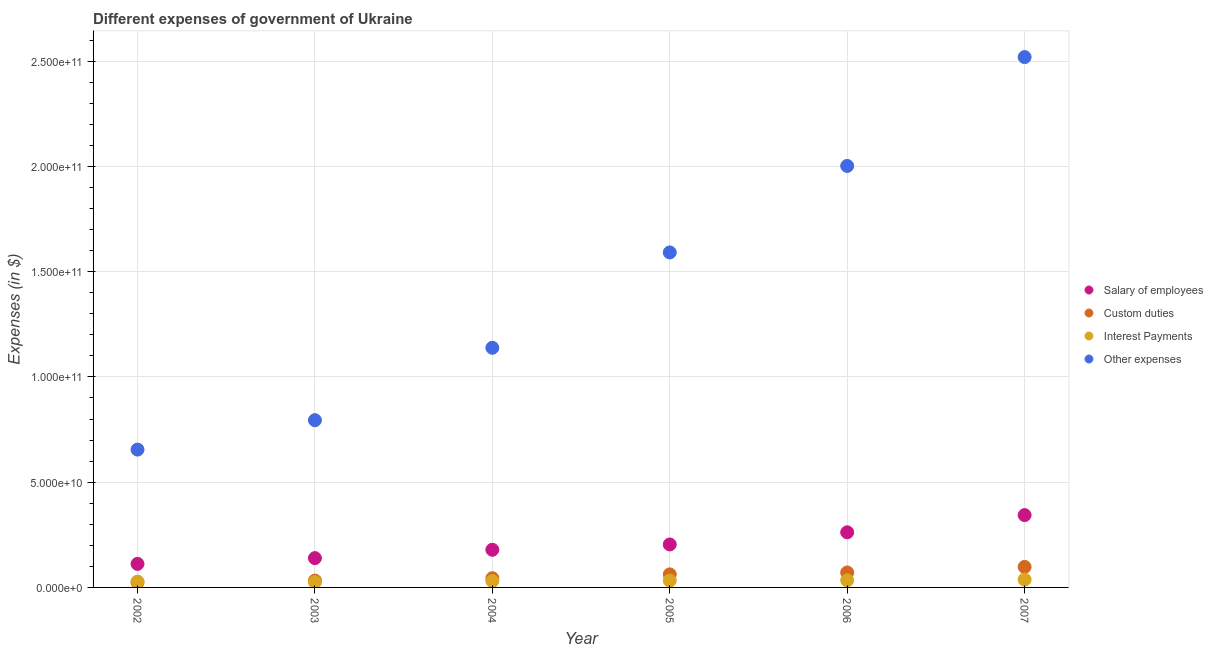
| Year | Salary of employees | Custom duties | Interest Payments | Other expenses |
 | --- | --- | --- | --- | --- |
 | 2002 | 1.12e+10 | 2.36e+09 | 2.75e+09 | 6.55e+10 |
 | 2003 | 1.39e+10 | 3.27e+09 | 2.52e+09 | 7.94e+10 |
 | 2004 | 1.79e+10 | 4.37e+09 | 3.05e+09 | 1.14e+11 |
 | 2005 | 2.04e+10 | 6.2e+09 | 3.27e+09 | 1.59e+11 |
 | 2006 | 2.62e+10 | 7.1e+09 | 3.38e+09 | 2e+11 |
 | 2007 | 3.44e+10 | 9.74e+09 | 3.74e+09 | 2.52e+11 |